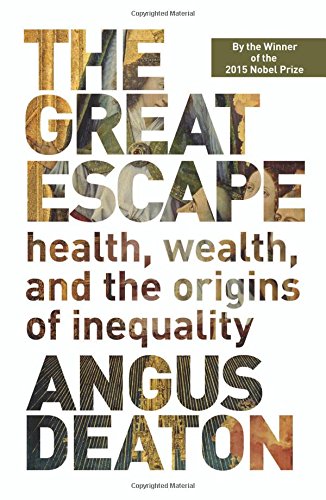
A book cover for The Great Escape: Health, Wealth, and the Origins of Inequality; Angus Deaton; Business & Money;